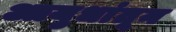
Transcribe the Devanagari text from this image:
आयुधांतून